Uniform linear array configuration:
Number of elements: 16
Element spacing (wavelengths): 0.5
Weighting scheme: hamming
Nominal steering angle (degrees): -45
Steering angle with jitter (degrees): -46.555
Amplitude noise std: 0.05
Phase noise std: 0.05

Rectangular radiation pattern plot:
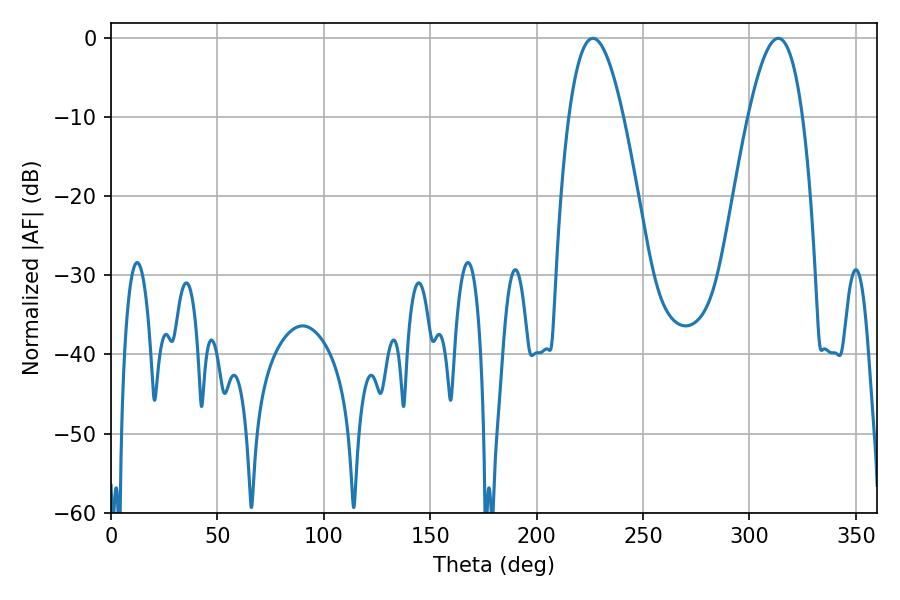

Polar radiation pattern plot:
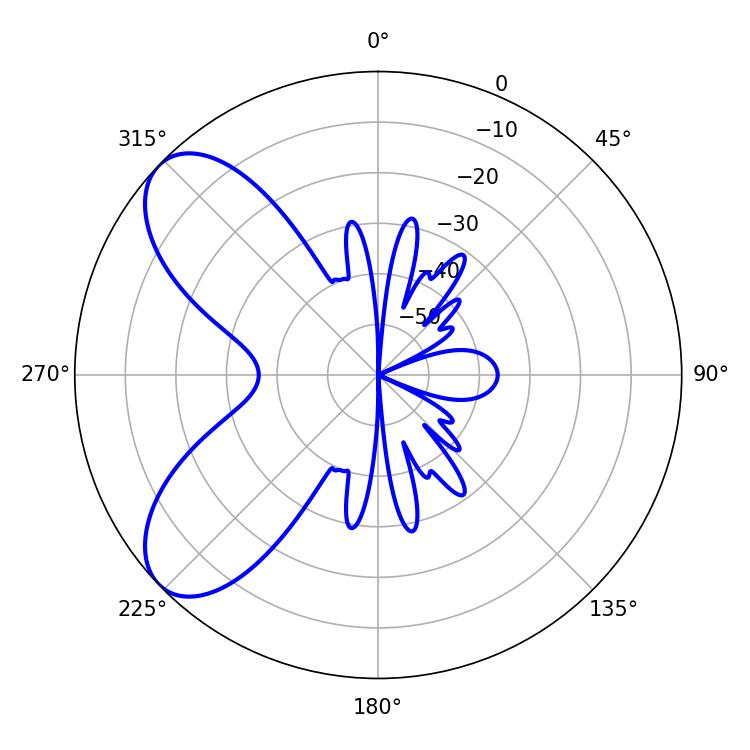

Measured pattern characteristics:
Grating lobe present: FALSE
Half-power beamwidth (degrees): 13.86
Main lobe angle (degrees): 226.44